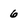
Character: 6